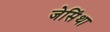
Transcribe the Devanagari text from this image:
जेसिंथा